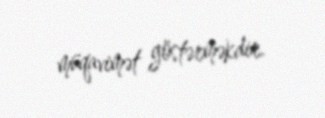
müqavimət göstərməkdir.